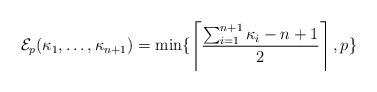
LaTeX: \begin{align*}\mathcal{E}_p(\kappa_1, \ldots, \kappa_{n+1}) = \mathrm{min}\{ \left \lceil \frac{\sum_{i=1}^{n+1} \kappa_i - n +1 }{2} \right\rceil, p\}\end{align*}